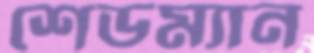
শেডম্যান